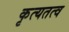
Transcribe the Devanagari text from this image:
कृत्यतत्व